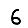
Digit: 6